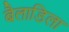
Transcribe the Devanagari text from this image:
बैलाडिला